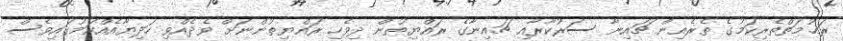
ރަޙުމަތްތެރިކަމުގެ ތެރެއިން ޗައިނާ ސަރުކާރާއި ޗައިނާގެ ރައްޔިތުން ދިވެހި ރައްޔިތުންނަށް ވެދެއްވި ހަދިޔާއެއްކަމުގައިވެސް